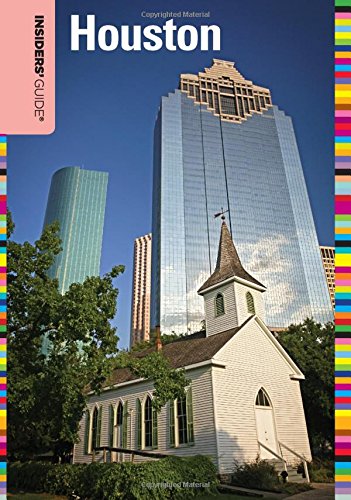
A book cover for Insiders' GuideÂ® to Houston (Insiders' Guide Series); Laura Nathan-Garner; Travel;